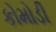
કોમોડી